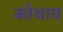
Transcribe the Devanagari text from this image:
कोथाय